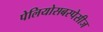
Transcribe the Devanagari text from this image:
पेलियोसबस्पेसीज